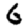
Digit: 6